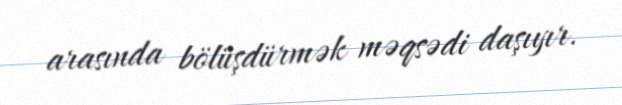
arasında bölüşdürmək məqsədi daşıyır.